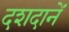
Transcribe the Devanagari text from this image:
दशदानें